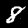
Digit: 8